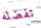
تفضله